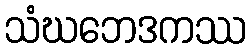
သံဃဘေဒကဿ